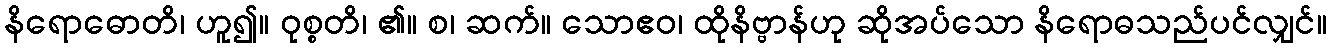
နိရောဓောတိ၊ ဟူ၍။ ဝုစ္စတိ၊ ၏။ စ၊ ဆက်။ သောဧဝ၊ ထိုနိဗ္ဗာန်ဟု ဆိုအပ်သော နိရောဓသည်ပင်လျှင်။